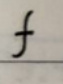
$f$